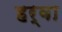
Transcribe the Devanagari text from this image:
हर्वा